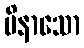
ပိနာသော